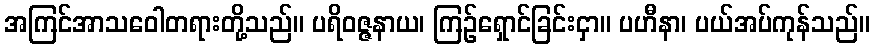
အကြင်အာသဝေါတရားတို့သည်။ ပရိဝဇ္ဇနာယ၊ ကြဉ်ရှောင်ခြင်းငှာ။ ပဟီနာ၊ ပယ်အပ်ကုန်သည်။